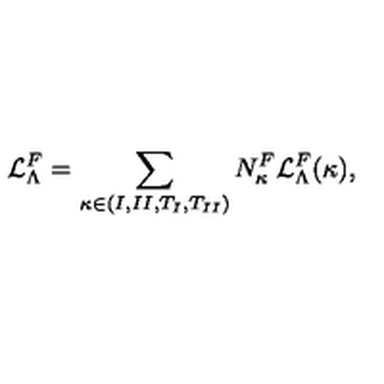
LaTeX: { \cal L } _ { \Lambda } ^ { F } = \sum _ { \kappa \in { ( I , I I , T _ { I } , T _ { I I } ) } } N _ { \kappa } ^ { F } { \cal L } _ { \Lambda } ^ { F } ( \kappa ) ,